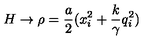
H \rightarrow \rho = \frac { a } { 2 } ( x _ { i } ^ { 2 } + \frac { k } { \gamma } q _ { i } ^ { 2 } )